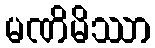
မဏိမိဿာ